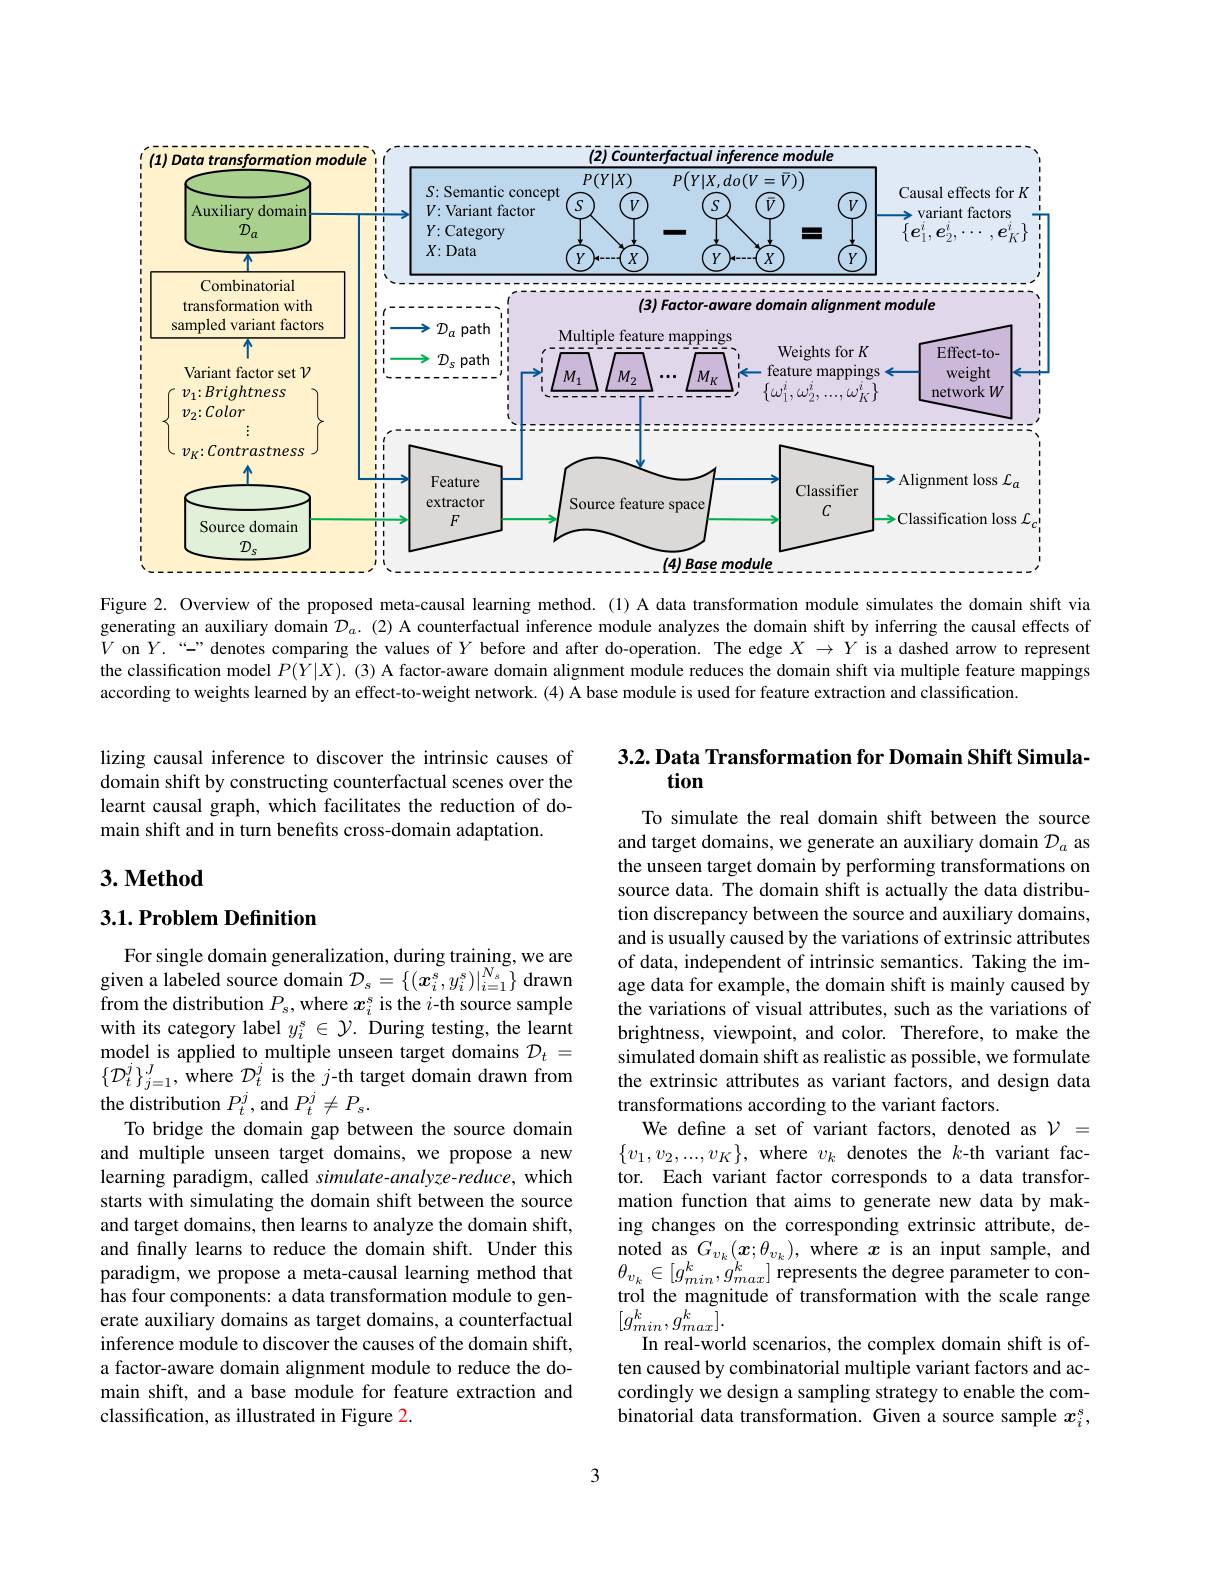
<FigureHere>

Figure 2. Overview of the proposed meta-causal learning method.(1) A data transformation module simulates the domain shift via generating an auxiliary domain $\mathcal{D}_a.$ (2) A counterfactual inference module analyzes the domain shift by inferring the causal effects of $V$ on $Y. “$" " denotescomparing the values of $Y$ before and after do-operation. The edge $X\to Y$ is a dashed arrow to represent the classification model $P(\tilde{Y}|X).$ (3) A factor-aware domain alignment module reduces the domain shift via multiple feature mappings according to weights learned by an effect-to-weight network. (4) A base module is used for feature extraction and classification

3.2. Data Transformation for Domain Shift Simula-
# tion

lizing causal inference to discover the intrinsic causes of domain shift by constructing counterfactual scenes over the learnt causal graph, which facilitates the reduction of domain shift and in turn benefits cross-domain adaptation.

# 3. Method

## 3.1. Problem Definition

To simulate the real domain shift between the source and target domains, we generate an auxiliary domain $\mathcal{D}_a$ as the unseen target domain by performing transformations on source data. The domain shift is actually the data distribution discrepancy between the source and auxiliary domains, and is usually caused by the variations of extrinsic attributes of data, independent of intrinsic semantics. Taking the image data for example, the domain shift is mainly caused by the variations of visual attributes, such as the variations of brightness, viewpoint, and color. Therefore, to make the simulated domain shift as realistic as possible, we formulate the extrinsic attributes as variant factors, and design data transformations according to the variant factors.
We define a set of variant factors, denoted as $\mathcal{V}=$ $\{v_1,v_2,...,v_K\}$, where $v_k$ denotes the $k$-th variant factor. Each variant factor corresponds to a data transformation function that aims to generate new data by making changes on the corresponding extrinsic attribute, denoted as $G_{v_k}(\boldsymbol{x};\theta_{v_k})$, where $x$ is an input sample, and $\theta_{v_{k}}\in[g_{min}^{k},g_{max}^{k}]{\mathrm{~represents~the~degree~parameter~to~con-}}$ trol the magnitude of transformation with the scale range $[g_{min}^{k},g_{max}^{k}].$
In real-world scenarios, the complex domain shift is often caused by combinatorial multiple variant factors and accordingly we design a sampling strategy to enable the combinatorial data transformation. Given a source sample $x_i^s$,

For single domain generalization, during training, we are given a labeled source domain $\mathcal{D} _{s}= \{ ( \boldsymbol{x}_{i}^{s}, y_{i}^{s}) | _{i= 1}^{N_{s}}\}$ drawn from the distribution $P_s$, where $x_i^\mathrm{s}$ is the $i$-th source sample with its category label $y_i^s\in\mathcal{Y}.$ During testing, the learnt model is applied to multiple unseen target domains $\mathcal{D}_t=$ $\{{\mathcal D}_{t}^{j}\}_{j=1}^{J},{\mathrm{~where~}\mathcal{D}}_{t}^{j}$ is the $j$-th target domain drawn from the distribution $P_t^j$,and $P_t^j\neq P_s.$
To bridge the domain gap between the source domain and multiple unseen target domains, we propose a new learning paradigm, called simulate-analyze-reduce, which starts with simulating the domain shift between the source and target domains, then learns to analyze the domain shift, and finally learns to reduce the domain shift. Under this paradigm, we propose a meta-causal learning method that has four components: a data transformation module to generate auxiliary domains as target domains, a counterfactual inference module to discover the causes of the domain shift, a factor-aware domain alignment module to reduce the domain shift, and a base module for feature extraction and classification, as illustrated in Figure 2.

3